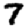
Digit: 7